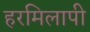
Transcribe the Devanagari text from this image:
हरमिलापी